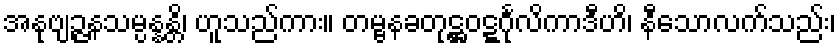
အနုဗျဉ္ဇနသမ္ပန္နန္တိ၊ ဟူသည်ကား။ တမ္ဗနခတုဋ္ဌဝဋ္ဋင်္ဂုလိကာဒီဟိ၊ နီသောလက်သည်း၊